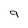
Character: 9